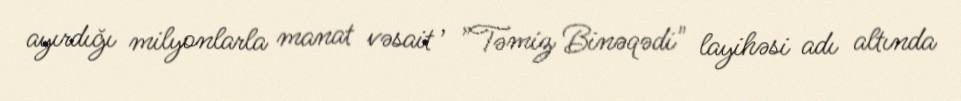
ayırdığı milyonlarla manat vəsait , ”Təmiz Binəqədi" layihəsi adı altında